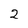
Character: 2